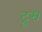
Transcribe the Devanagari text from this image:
ट्रूस